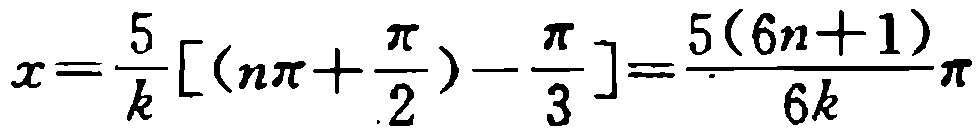
\(x=\frac{5}{k}[(n\pi+\frac{\pi}{2})-\frac{\pi}{3}]=\frac{5(6n + 1)}{6k}\pi\)